Sanitation, dispensaries and jails vaccination Rajputana 1922-1927 - 1922-1927
Year: 1922
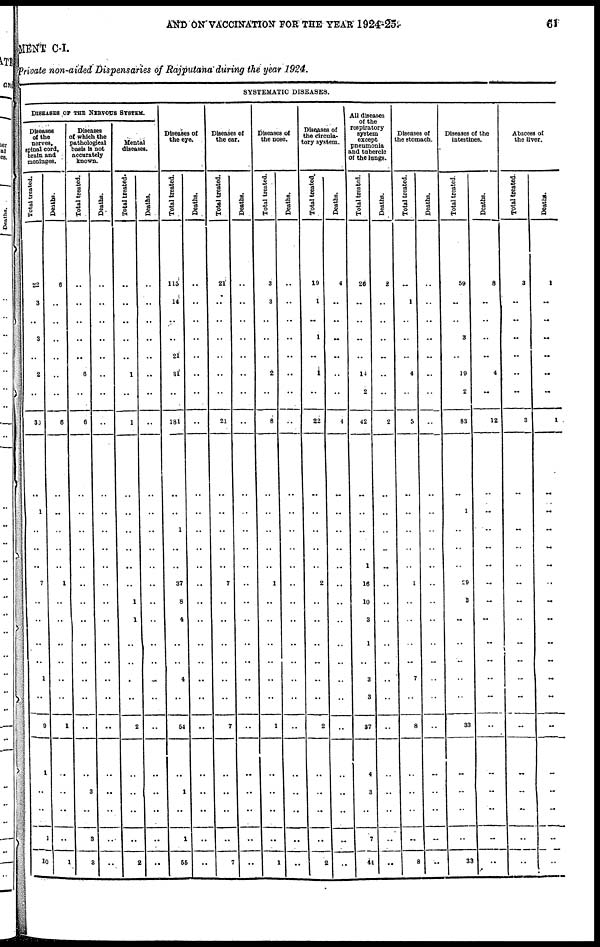
AND ON VACCINATION FOR THE YEAR 1924-25.
61
MENT C-I.
Private non-aided Dispensaries of Rajputana during the year 1924.
SYSTEMATIC DISEASES.
DISEASES OF THE NERVOUS SYSTEM.
Diseases
of the
nerves,
spinal cord,
brain and
meninges.
Total treated.
22
3
..
3
..
2
..
30
..
1
..
..
..
7
..
..
..
..
1
..
9
1
..
..
1
10
Deaths.
6
..
..
..
..
..
..
6
..
..
..
..
..
1
..
..
..
..
..
..
1
..
..
..
..
1
Diseases
of which the
pathological
basis is not
accurately
known.
Total treated.
..
..
..
..
..
6
..
6
..
..
..
..
..
..
..
..
..
..
..
..
..
..
3
..
3
3
Deaths.
..
..
..
..
..
..
..
..
..
..
..
..
..
..
..
..
..
..
..
..
..
..
..
..
..
..
Mental
diseases.
Total treated.
..
..
..
..
..
1
..
1
..
..
..
..
..
..
1
1
..
..
..
..
2
..
..
..
..
2
Deaths.
..
..
..
..
..
..
..
..
..
..
..
..
..
..
..
..
..
..
..
..
..
..
..
..
..
..
Diseases of
the eye.
Total treated.
115
14
..
..
21
31
..
181
..
..
1
..
..
37
8
4
..
..
4
..
54
..
1
..
1
65
Deaths.
..
..
..
..
..
..
..
..
..
..
..
..
..
..
..
..
..
..
..
..
..
..
..
..
..
..
Diseases of
the ear.
Total treated.
21
..
..
..
..
..
..
21
..
..
..
..
..
7
..
..
..
..
..
..
7
..
..
..
..
7
Deaths.
..
..
..
..
..
..
..
..
..
..
..
..
..
..
..
..
..
..
..
..
..
..
..
..
..
..
Diseases of
the nose.
Total treated.
3
3
..
..
..
2
..
8
..
..
..
..
..
1
..
..
..
..
..
..
1
..
..
..
..
1
Deaths.
..
..
..
..
..
..
..
..
..
..
..
..
..
..
..
..
..
..
..
..
..
..
..
..
..
..
Diseases of
the circula-
tory system.
Total treated.
19
1
..
1
..
1
..
22
..
..
..
..
..
2
..
...
..
..
..
..
2
..
..
..
..
..
Deaths.
4
..
..
..
..
..
..
4
..
..
..
..
..
..
..
..
..
..
..
..
..
..
..
..
..
..
All diseases
of the
respiratory
system
except
pneumonia
and tubercle
of the lungs.
Total treated.
26
..
..
..
..
14
2
42
..
..
..
..
1
16
10
3
1
..
3
3
37
4
3
..
7
44
Deaths.
2
..
..
..
..
..
..
2
..
..
..
..
..
..
..
..
..
..
..
..
..
..
..
..
..
..
Diseases of
the stomach.
Total treated.
..
1
..
..
..
4
..
5
..
..
..
..
..
1
..
..
..
..
7
..
8
..
..
..
..
8
Deaths.
..
..
..
..
..
..
..
..
..
..
..
..
..
..
..
..
..
..
..
..
..
..
..
..
..
..
Diseases of the
intestines.
Total treated.
59
..
..
3
..
19
2
83
..
1
..
..
..
29
3
..
..
..
..
..
33
..
..
..
..
33
Deaths.
8
..
..
..
..
4
..
12
..
..
..
..
..
..
..
..
..
..
..
..
..
..
..
..
..
..
Abscess of
the liver.
Total treated.
3
..
..
..
..
..
..
3
..
..
..
..
..
..
..
..
..
..
..
..
..
..
..
..
..
..
Deaths.
1
..
..
..
..
..
..
1
..
..
..
..
..
..
..
..
..
..
..
..
..
..
..
..
..
..